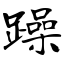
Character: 躁